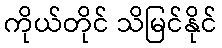
ကိုယ်တိုင် သိမြင်နိုင်